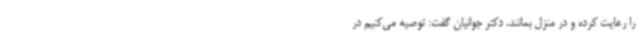
را رعایت کرده و در منزل بمانند. دکتر جوانیان گفت: توصیه می‌کنیم در